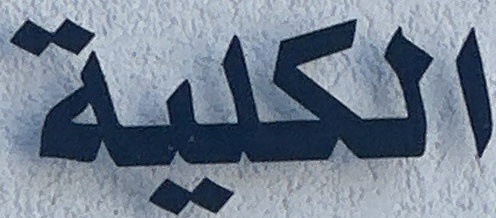
الكلية